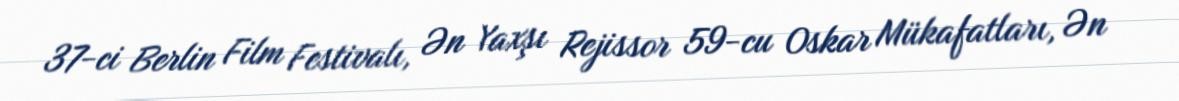
37-ci Berlin Film Festivalı, Ən Yaxşı Rejissor 59-cu Oskar Mükafatları, Ən